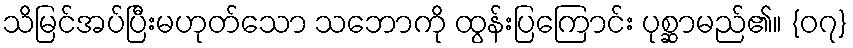
သိမြင်အပ်ပြီးမဟုတ်သော သဘောကို ထွန်းပြကြောင်း ပုစ္ဆာမည်၏။ {၀၇}